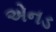
એનડ